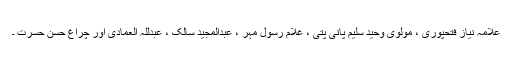
علامہ نیاز فتحپوری ، مولوی وحید سلیم پانی پتی ، غلام رسول مہر ، عبدالمجید سالک ، عبدللہ العمادی اور چراغ حسن حسرت ۔